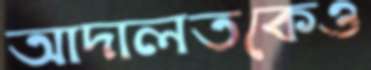
আদালতকেও